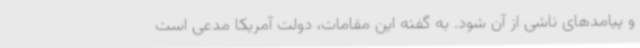
و پیامدهای ناشی از آن شود. به گفته این مقامات، دولت آمریکا مدعی است